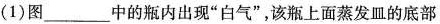
(1)图___中的瓶内出现”白气”，该瓶上面蒸发皿的底部